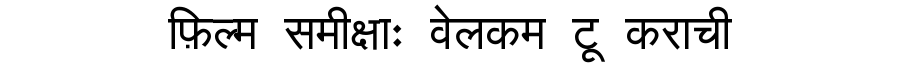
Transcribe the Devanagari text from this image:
फ़िल्म समीक्षाः वेलकम टू कराची